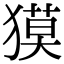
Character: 獏